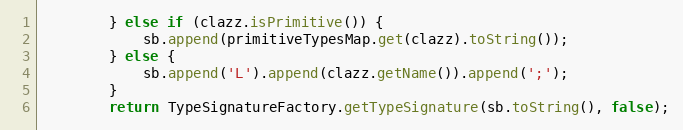
Language: Java
		} else if (clazz.isPrimitive()) {
			sb.append(primitiveTypesMap.get(clazz).toString());
		} else {
			sb.append('L').append(clazz.getName()).append(';');
		}
		return TypeSignatureFactory.getTypeSignature(sb.toString(), false);